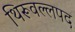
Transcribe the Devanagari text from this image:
थिरूवल्लपद